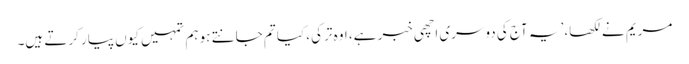
مریم نے لکھا، ’یہ آج کی دوسری اچھی خبر ہے، اوہ ترکی، کیا تم جانتے ہو ہم تمہیں کیوں پیار کرتے ہیں۔